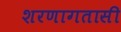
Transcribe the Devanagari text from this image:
शरणागतासी